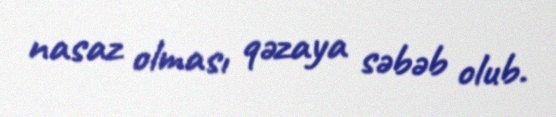
nasaz olması qəzaya səbəb olub.